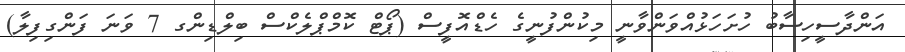
އަންދާސީހިސާބު ހުށަހަޅުއްވަންވާނީ މިކުންފުނީގެ ހެޑްއޮފީސް (ޕޯޓް ކޮމްޕްލެކްސް ބިލްޑިންގ 7 ވަނަ ފަންގިފިލާ)